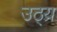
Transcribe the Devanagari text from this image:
उठ्य्र